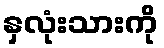
နှလုံးသားကို